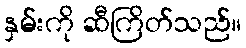
နှမ်းကို ဆီကြိတ်သည်။